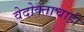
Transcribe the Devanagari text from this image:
वेदोक्ताचाही